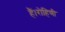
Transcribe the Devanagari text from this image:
हैं।रोहिणी